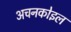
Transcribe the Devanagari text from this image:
अचनकोइल